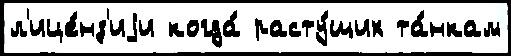
л'ице́нз'иjи когда́ расту́щих та́нкам